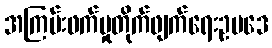
အကြမ်းဖက်မှုတိုက်ဖျက်ရေးဥပဒေ